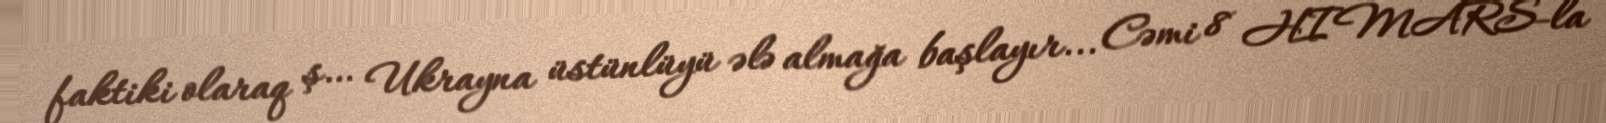
faktiki olaraq ş… Ukrayna üstünlüyü ələ almağa başlayır... Cəmi 8 HIMARS-la